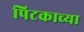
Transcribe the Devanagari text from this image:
पिटकाच्या